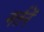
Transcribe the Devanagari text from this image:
नर्तनें